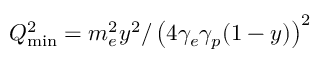
Q _ { \mathrm { m i n } } ^ { 2 } = m _ { e } ^ { 2 } y ^ { 2 } / \left( 4 \gamma _ { e } \gamma _ { p } ( 1 - y ) \right) ^ { 2 }